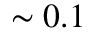
\sim 0 . 1